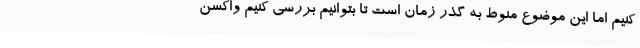
کنیم اما این موضوع منوط به گذر زمان است تا بتوانیم بررسی کنیم واکسن